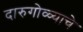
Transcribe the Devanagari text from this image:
दारुगोळ्याचे